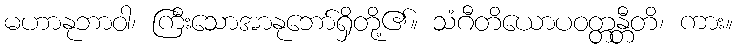
မဟာနုဘာဝါ၊ ကြီးသောအာနုဘော်ရှိတို့၏။ သံဂီတိယောပဝတ္တန္တီတိ၊ ကား။